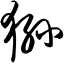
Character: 狲